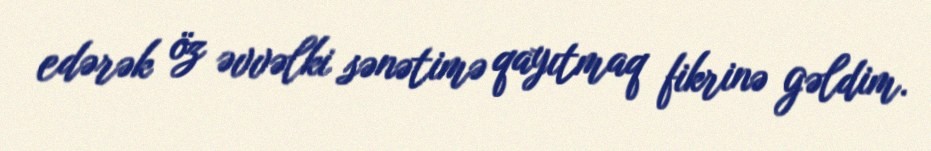
edərək öz əvvəlki sənətimə qayıtmaq fikrinə gəldim.